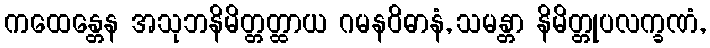
ကထေန္တေန အသုဘနိမိတ္တတ္ထာယ ဂမနဝိဓာနံ, သမန္တာ နိမိတ္တုပလက္ခဏံ,